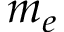
m _ { e }